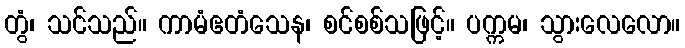
တွံ၊ သင်သည်။ ကာမံဧတံသေန၊ စင်စစ်သဖြင့်။ ပက္ကမ၊ သွားလေလော။